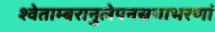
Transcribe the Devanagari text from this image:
श्वेताम्बरानुलेपनस्रगाभरणां